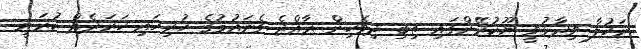
ނަހުލާ ވިދާޅުވީ ޔޫކުރޭންގައި ތިބި ދިވެހިން ރާއްޖެ ގެނައުމުގެ ހުރިހައި ހަރަދެއް ކުރަނީ